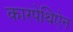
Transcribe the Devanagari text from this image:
कारपेथिऐन